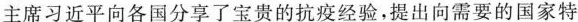
主席习近平向各国分享了宝贵的抗疫经验，提出向需要的国家特